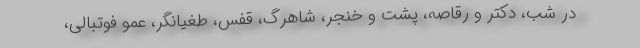
در شب، دکتر و رقاصه، پشت و خنجر، شاهرگ، قفس، طغیانگر، عمو فوتبالی،